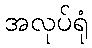
အလုပ်ရုံ